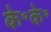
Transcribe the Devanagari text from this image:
के॰के॰